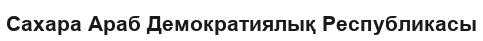
Сахара Араб Демократиялық Республикасы